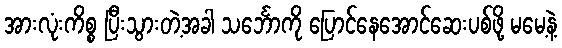
အားလုံးကိစ္စ ပြီးသွားတဲ့အခါ သင်္ဘောကို ပြောင်နေအောင်ဆေးပစ်ဖို့ မမေ့နဲ့